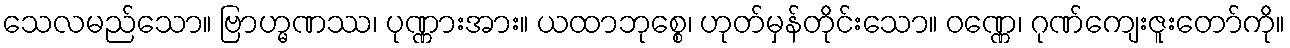
သေလမည်သော။ ဗြာဟ္မဏဿ၊ ပုဏ္ဏားအား။ ယထာဘုစ္စေ၊ ဟုတ်မှန်တိုင်းသော။ ဝဏ္ဏေ၊ ဂုဏ်ကျေးဇူးတော်ကို။